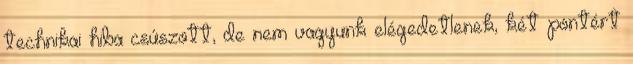
technikai hiba csúszott, de nem vagyunk elégedetlenek, két pontért